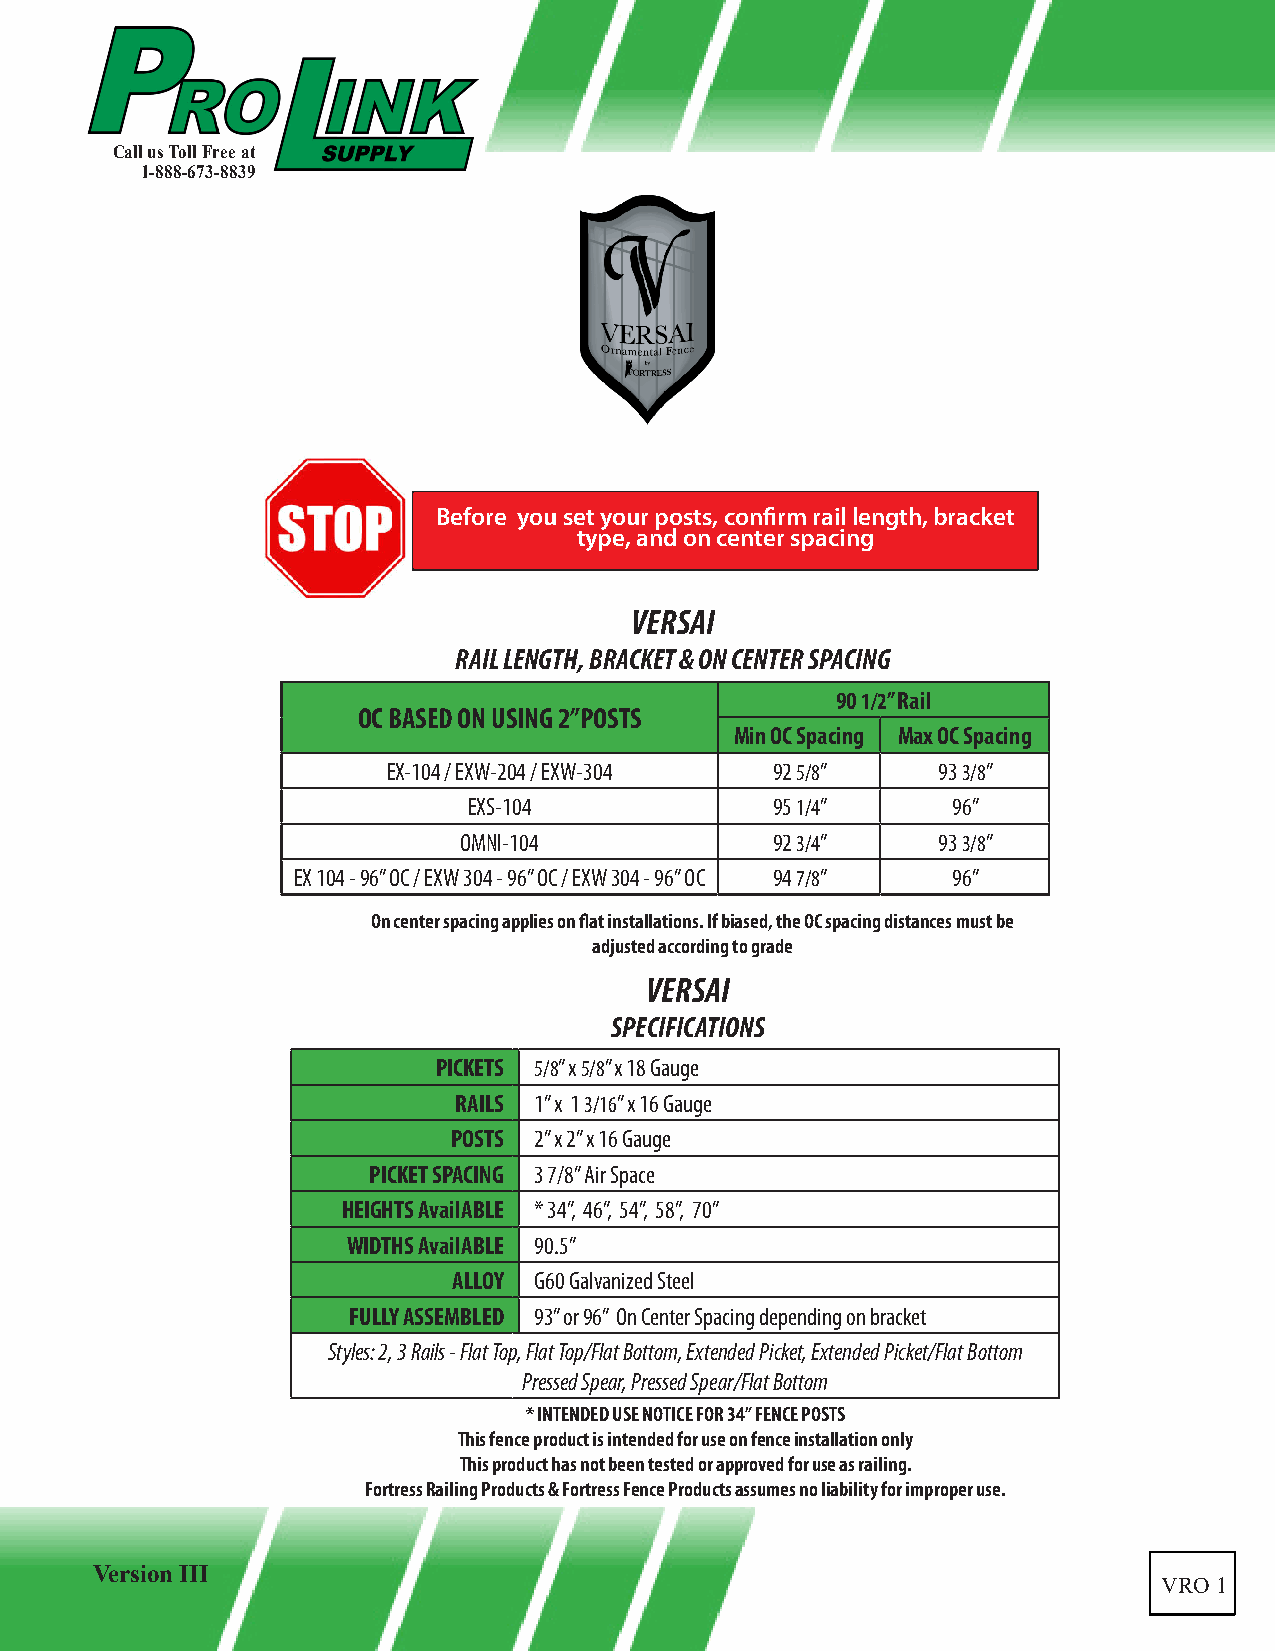
Call us Toll Free at
 1-888-673-8839
 Before you set your posts, confirm rail length, bracket
 type, and on center spacing
 VERSAI
 RAIL LENGTH, BRACKET & ON CENTER SPACING
 90 1/2” Rail
 OC BASED ON USING 2”POSTS
 Min OC Spacing Max OC Spacing
 EX-104 / EXW-204 / EXW-304 92 5/8”  93 3/8”
 EXS-104             95 1/4”     96”
 OMNI-104             92 3/4”    93 3/8”
 EX 104 - 96” OC / EXW 304 - 96” OC / EXW 304 - 96” OC 94 7/8” 96”
 On center spacing applies on flat installations. If biased, the OC spacing distances must be
 adjusted according to grade
 VERSAI
 SPECIFICATIONS
 PICKETS 5/8” x 5/8” x 18 Gauge
 RAILS 1” x 1 3/16” x 16 Gauge
 POSTS 2” x 2” x 16 Gauge
 PICKET SPACING 3 7/8” Air Space
 HEIGHTS AvailABLE * 34”, 46”, 54”, 58”, 70”
 WIDTHS AvailABLE 90.5”
 ALLOY G60 Galvanized Steel
 FULLY ASSEMBLED 93” or 96” On Center Spacing depending on bracket
 Styles: 2, 3 Rails - Flat Top, Flat Top/Flat Bottom, Extended Picket, Extended Picket/Flat Bottom
 Pressed Spear, Pressed Spear/Flat Bottom
 * INTENDED USE NOTICE FOR 34” FENCE POSTS
 This fence product is intended for use on fence installation only
 This product has not been tested or approved for use as railing.
 Fortress Railing Products & Fortress Fence Products assumes no liability for improper use.
 Version III
 VRO 1